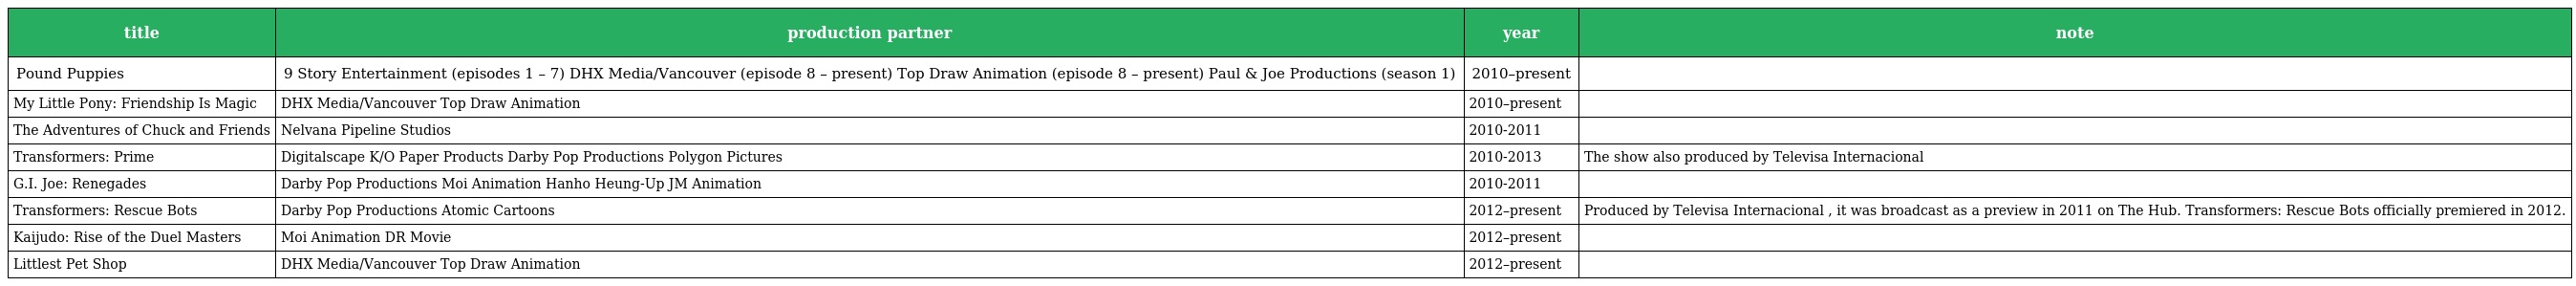
| title | production partner | year | note |
 | --- | --- | --- | --- |
 | Pound Puppies | 9 Story Entertainment (episodes 1 – 7) DHX Media/Vancouver (episode 8 – present) Top Draw Animation (episode 8 – present) Paul & Joe Productions (season 1) | 2010–present |  |
 | My Little Pony: Friendship Is Magic | DHX Media/Vancouver Top Draw Animation | 2010–present |  |
 | The Adventures of Chuck and Friends | Nelvana Pipeline Studios | 2010-2011 |  |
 | Transformers: Prime | Digitalscape K/O Paper Products Darby Pop Productions Polygon Pictures | 2010-2013 | The show also produced by Televisa Internacional |
 | G.I. Joe: Renegades | Darby Pop Productions Moi Animation Hanho Heung-Up JM Animation | 2010-2011 |  |
 | Transformers: Rescue Bots | Darby Pop Productions Atomic Cartoons | 2012–present | Produced by Televisa Internacional , it was broadcast as a preview in 2011 on The Hub. Transformers: Rescue Bots officially premiered in 2012. |
 | Kaijudo: Rise of the Duel Masters | Moi Animation DR Movie | 2012–present |  |
 | Littlest Pet Shop | DHX Media/Vancouver Top Draw Animation | 2012–present |  |